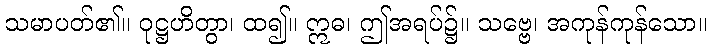
သမာပတ်၏။ ဝုဋ္ဌဟိတွာ၊ ထ၍။ ဣဓ၊ ဤအရပ်၌။ သဗ္ဗေ၊ အကုန်ကုန်သော။